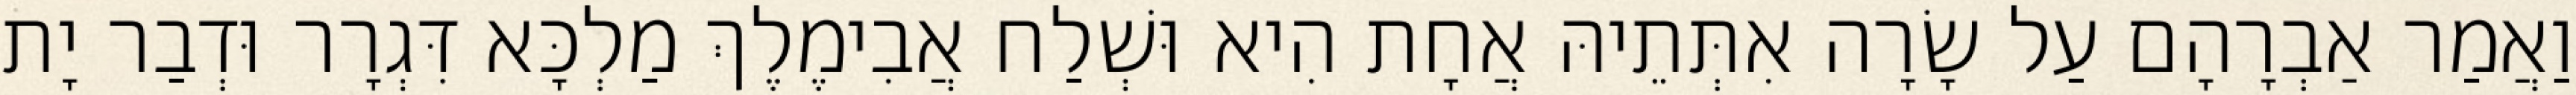
וַאֲמַר אַבְרָהָם עַל שָׂרָה אִתְּתֵיהּ אֲחָת הִיא וּשְׁלַח אֲבִימֶלֶךְ מַלְכָּא דִּגְרָר וּדְבַר יָת